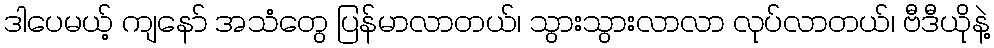
ဒါပေမယ့် ကျနော် အသံတွေ ပြန်မာလာတယ်၊ သွားသွားလာလာ လုပ်လာတယ်၊ ဗီဒီယိုနဲ့